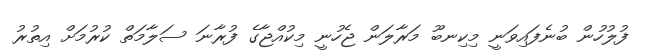
ފުލުހުން ބުނެފައިވަނީ މިކިނބޫ މަރާލަން ޖެހުނީ މިކުއްޖާގެ ފުރާނަ ސަލާމަތް ކުރުމަށް އިތުރު